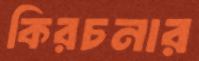
কিরচনার